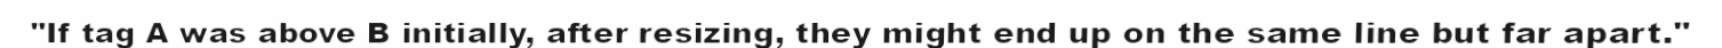
"If tag A was above B initially, after resizing, they might end up on the same line but far apart."